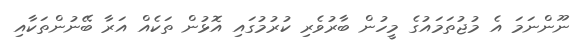
ނޫންނަމަ އެ މުޖުތަމައުގެ މީހުން ބާރުވެރި ކުރުމުގައި އޮޅުން ތަކެއް އަރާ ބޭނުންތަކާއި